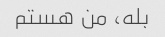
بله، من هستم